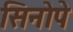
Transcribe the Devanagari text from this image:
सिनोपे